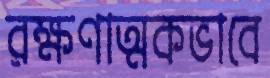
রক্ষণাত্মকভাবে